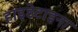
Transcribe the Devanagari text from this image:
हाइडेटाइना